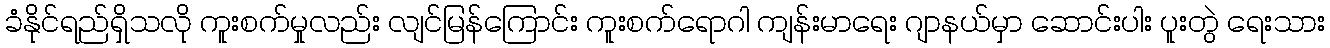
ခံနိုင်ရည်ရှိသလို ကူးစက်မှုလည်း လျင်မြန်ကြောင်း ကူးစက်ရောဂါ ကျန်းမာရေး ဂျာနယ်မှာ ဆောင်းပါး ပူးတွဲ ရေးသား